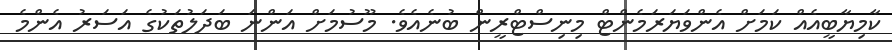
ކާމިޔާބީއެއް ކަމަށް އެންވަޔަރަމެންޓް މިނިސްޓްރީން ބުނެއެވެ. މޫސުމަށް އަންނަ ބަދަލުތަކުގެ އަސަރު އެންމެ